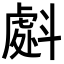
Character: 𭤜